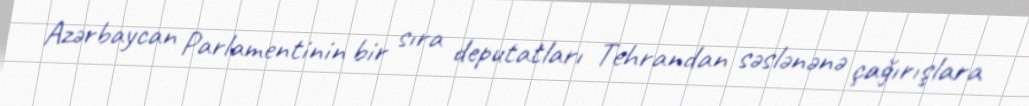
Azərbaycan Parlamentinin bir sıra deputatları Tehrandan səslənənə çağırışlara